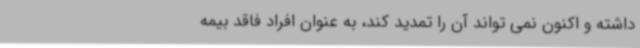
داشته و اکنون نمی تواند آن را تمدید کند، به عنوان افراد فاقد بیمه